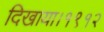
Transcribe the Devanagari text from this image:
दिखाया।१९१२